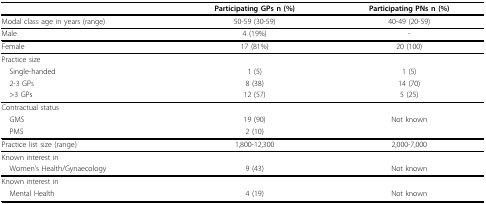
<table><thead><tr><td></td><td><b>Participating GPs n (%)</b></td><td><b>Participating PNs n (%)</b></td></tr></thead><tbody><tr><td>Modal class age in years (range)</td><td>50-59 (30-59)</td><td>40-49 (20-59)</td></tr><tr><td>Male</td><td>4 (19%)</td><td>-</td></tr><tr><td>Female</td><td>17 (81%)</td><td>20 (100)</td></tr><tr><td>Practice size</td><td></td><td></td></tr><tr><td> Single-handed</td><td>1 (5)</td><td>1 (5)</td></tr><tr><td> 2-3 GPs</td><td>8 (38)</td><td>14 (70)</td></tr><tr><td> &gt;3 GPs</td><td>12 (57)</td><td>5 (25)</td></tr><tr><td>Contractual status</td><td></td><td></td></tr><tr><td> GMS</td><td>19 (90)</td><td>Not known</td></tr><tr><td> PMS</td><td>2 (10)</td><td></td></tr><tr><td>Practice list size (range)</td><td>1,800-12,300</td><td>2,000-7,000</td></tr><tr><td>Known interest in</td><td></td><td></td></tr><tr><td> Women&#x27;s Health/Gynaecology</td><td>9 (43)</td><td>Not known</td></tr><tr><td>Known interest in</td><td></td><td></td></tr><tr><td> Mental Health</td><td>4 (19)</td><td>Not known</td></tr></tbody></table>